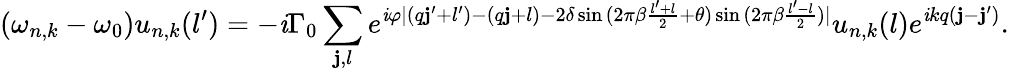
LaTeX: (\omega_{n,k}-\omega_{0})u_{n,k}(l^{\prime})=-\mathit{i}\Gamma_{0}\sum_{\mathbf{j},l}{e^{\mathit{i}\varphi|(q\mathbf{j}^{\prime}+l^{\prime})-(q\mathbf{j}+l)-2\delta\sin{(2\pi\beta\frac{{l^{\prime}+l}}{{2}}+\theta)}\sin{(2\pi\beta\frac{{l^{\prime}-l}}{{2}})}|}u_{n,k}(l)e^{\mathit{i}kq(\mathbf{j}-\mathbf{j}^{\prime})}}.